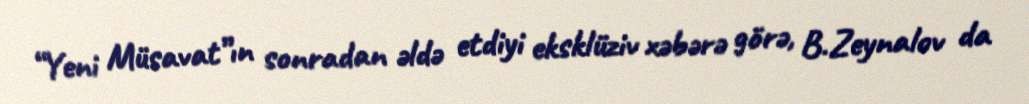
“Yeni Müsavat”ın sonradan əldə etdiyi eksklüziv xəbərə görə, B.Zeynalov da